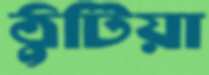
ঠুটিয়া